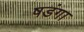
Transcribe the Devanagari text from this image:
षडंगा